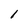
Character: 1